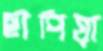
ছাপিয়া